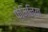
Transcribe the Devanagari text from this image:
फ़ैमिलिया